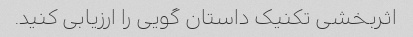
اثربخشی تکنیک داستان گویی را ارزیابی کنید.